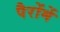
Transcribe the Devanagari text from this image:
पैरोंमें